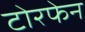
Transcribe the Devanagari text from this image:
टोरफेन